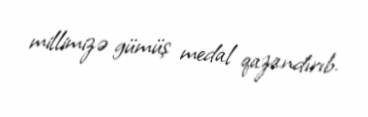
millimizə gümüş medal qazandırıb.